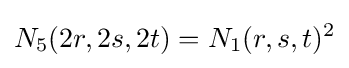
N_{5}(2r,2s,2t)=N_{1}(r,s,t)^{2}